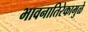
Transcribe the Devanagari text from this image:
भावनातिरेकामुळे